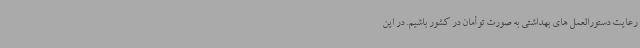
رعایت دستورالعمل های بهداشتی به صورت توأمان در کشور باشیم. در این